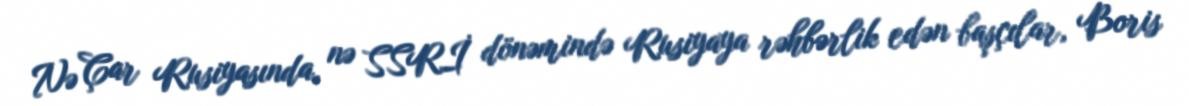
Nə Çar Rusiyasında, nə SSRİ dönəmində Rusiyaya rəhbərlik edən başçılar, Boris